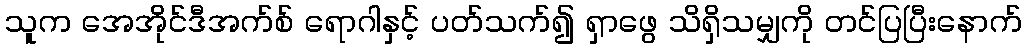
သူက အေအိုင်ဒီအက်စ် ရောဂါနှင့် ပတ်သက်၍ ရှာဖွေ သိရှိသမျှကို တင်ပြပြီးနောက်